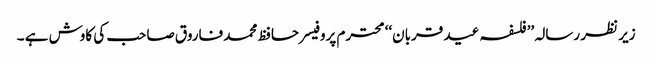
زیر نظر رسالہ ’’فلسفہ عید قربان‘‘ محترم پروفیسر حافظ محمد فاروق صاحب کی کاوش ہے ۔